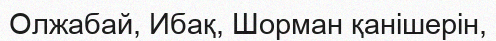
Олжабай, Ибақ, Шорман қанішерін,